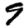
Digit: 9